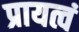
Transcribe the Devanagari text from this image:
प्रायत्वं